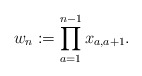
\begin{gather*}w_n:=\prod_{a=1}^{n-1} x_{a,a+1}.\end{gather*}